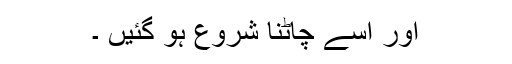
اور اسے چاٹنا شروع ہو گئیں ۔